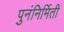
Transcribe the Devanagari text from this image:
पुनंनिर्मिती